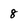
Character: 8